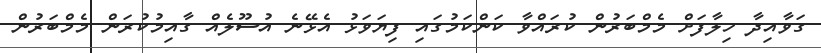
ގަވާއިދާ ހިލާފަށް މެމްބަރުން ކުރައްވާ ކަންކަމުގައި ފިޔަވަޅު އެޅޭނެ އުސޫލެއް ގާއިމުކުރަން މެމްބަރުން